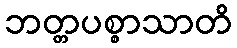
ဘတ္တပစ္စာသာတိ